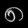
Digit: ၈